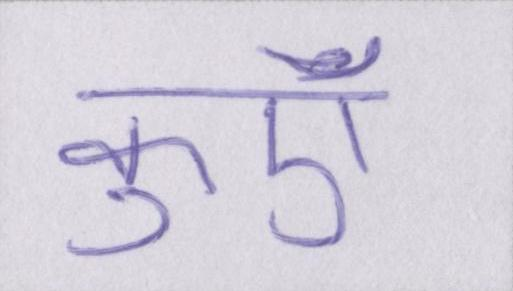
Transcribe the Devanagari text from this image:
कुएँ